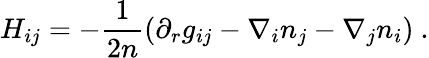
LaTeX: H_{ij}=-\frac 1{2n}\left(\partial_{r}g_{ij}-\nabla_{i}n_{j}-\nabla_{j}n_{i}\right)~.